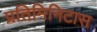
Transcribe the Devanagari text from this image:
प्रतिमिनिटास